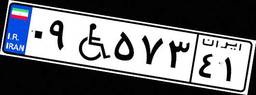
۰۹W۵۷۳۴۱